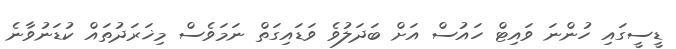
ޑީސީގައި ހުންނަ ވައިޓް ހައުސް އަށް ބަދަލުވެ ވަޑައިގަތް ނަމަވެސް މިޚަރަދުތައް ކުޑަނުވާނެ